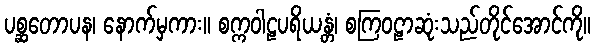
ပစ္ဆတောပန၊ နောက်မှကား။ စက္ကဝါဠပရိယန္တံ၊ စကြဝဠာဆုံးသည်တိုင်အောင်ကို။